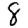
Digit: 8